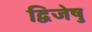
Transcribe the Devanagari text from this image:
द्विजेषु